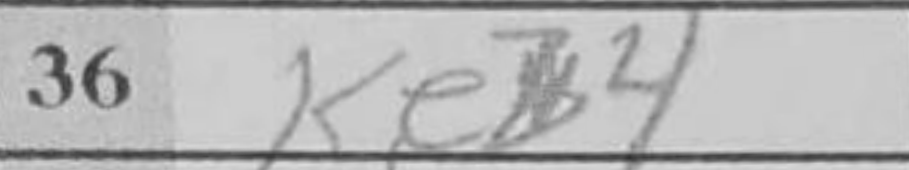
Transcription: Keb4